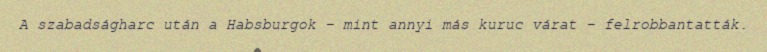
A szabadságharc után a Habsburgok – mint annyi más kuruc várat – felrobbantatták.